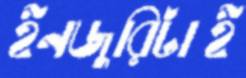
ইনজুরিটাই